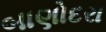
બાણોદરા